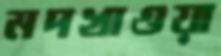
মদখাওয়া